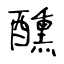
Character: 醺